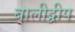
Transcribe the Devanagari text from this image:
बालीद्वीप